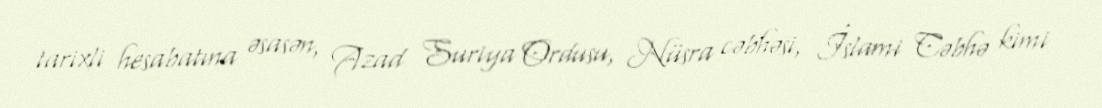
tarixli hesabatına əsasən, Azad Suriya Ordusu, Nüsra cəbhəsi, İslami Cəbhə kimi